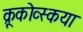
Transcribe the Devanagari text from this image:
क्रूकोव्स्कया